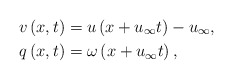
\begin{align*}v\left( x,t \right) &=u\left( x+u_{\infty}t \right) -u_{\infty},\\q\left( x,t \right) &=\omega \left( x+u_{\infty}t \right) ,\end{align*}